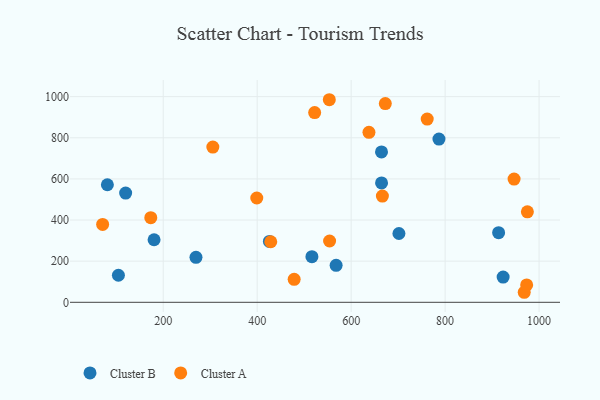
{"axis": {"x": "Investment", "y": "Salary"}, "legend": ["Cluster A", "Cluster B"], "data": [{"x": "701.7", "y": 334.5, "type": "Cluster B"}, {"x": "923.5", "y": 122.7, "type": "Cluster B"}, {"x": "664.7", "y": 580.3, "type": "Cluster B"}, {"x": "568.0", "y": 180.0, "type": "Cluster B"}, {"x": "269.7", "y": 218.6, "type": "Cluster B"}, {"x": "120.0", "y": 530.9, "type": "Cluster B"}, {"x": "913.9", "y": 338.6, "type": "Cluster B"}, {"x": "426.0", "y": 296.1, "type": "Cluster B"}, {"x": "180.5", "y": 304.2, "type": "Cluster B"}, {"x": "786.9", "y": 793.6, "type": "Cluster B"}, {"x": "664.6", "y": 731.4, "type": "Cluster B"}, {"x": "81.1", "y": 571.5, "type": "Cluster B"}, {"x": "104.6", "y": 131.6, "type": "Cluster B"}, {"x": "516.5", "y": 222.1, "type": "Cluster B"}, {"x": "666.5", "y": 516.6, "type": "Cluster A"}, {"x": "71.0", "y": 378.8, "type": "Cluster A"}, {"x": "968.4", "y": 48.8, "type": "Cluster A"}, {"x": "522.3", "y": 922.3, "type": "Cluster A"}, {"x": "173.5", "y": 411.5, "type": "Cluster A"}, {"x": "973.6", "y": 84.4, "type": "Cluster A"}, {"x": "672.7", "y": 966.2, "type": "Cluster A"}, {"x": "399.1", "y": 507.2, "type": "Cluster A"}, {"x": "975.1", "y": 440.2, "type": "Cluster A"}, {"x": "637.9", "y": 826.5, "type": "Cluster A"}, {"x": "478.7", "y": 111.7, "type": "Cluster A"}, {"x": "554.1", "y": 298.0, "type": "Cluster A"}, {"x": "553.5", "y": 985.0, "type": "Cluster A"}, {"x": "428.9", "y": 294.4, "type": "Cluster A"}, {"x": "305.6", "y": 754.7, "type": "Cluster A"}, {"x": "946.8", "y": 599.0, "type": "Cluster A"}, {"x": "761.9", "y": 890.9, "type": "Cluster A"}]}